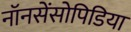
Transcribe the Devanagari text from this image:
नॉनसेंसोपिडिया